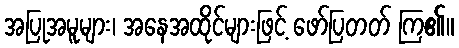
အပြုအမူများ၊ အနေအထိုင်များဖြင့် ဖော်ပြတတ် ကြ၏။